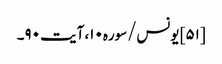
[۵۱] یونس/سوره۱۰، آیت ۹۰۔